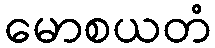
မောစယတံ